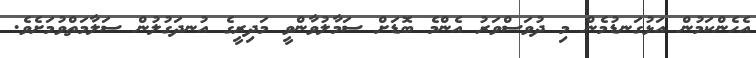
އެހެންކަމުން އަޅުގަނޑުމެން މި ދުވަސްވަރު އެންމެ ބޮޑަށް ސަމާލުވާންވީ މަދިރީގެ އުނދަގުލުން ސަލާމަތްވުމަށެވެ.